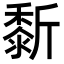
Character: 𪏴